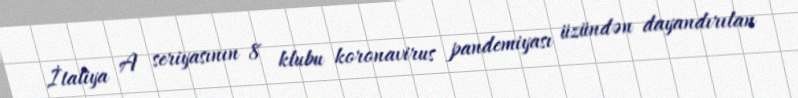
İtaliya A seriyasının 8 klubu koronavirus pandemiyası üzündən dayandırılan